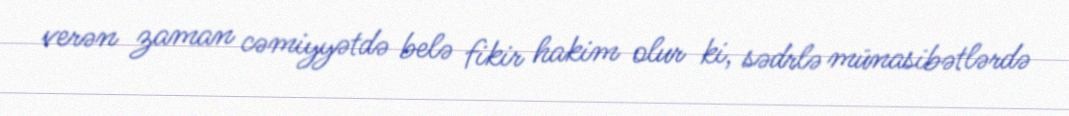
verən zaman cəmiyyətdə belə fikir hakim olur ki, sədrlə münasibətlərdə